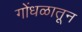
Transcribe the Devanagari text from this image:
गोंधळातून